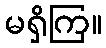
မရှိကြ။